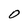
Character: O